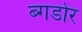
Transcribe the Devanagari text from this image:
ब्गडोर